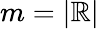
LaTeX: m=|\mathbb{R}|